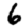
Digit: 6